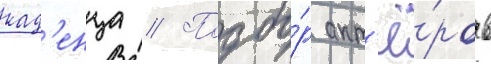
кад'енца // Подбо́р акт'ё́ров